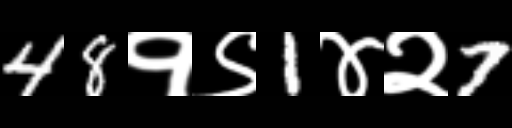
Text: 48१९1४२7